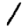
Digit: 1